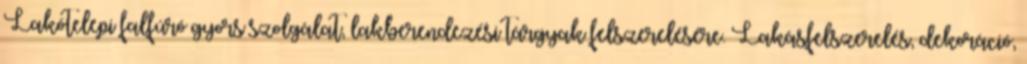
Lakótelepi falfúró gyors szolgálat, lakberendezési tárgyak felszerelésére. Lakásfelszerelés, dekoráció,